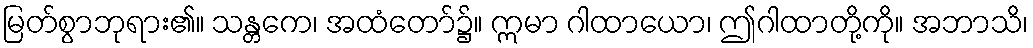
မြတ်စွာဘုရား၏။ သန္တကေ၊ အထံတော်၌။ ဣမာ ဂါထာယော၊ ဤဂါထာတို့ကို။ အဘာသိ၊